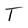
Character: T